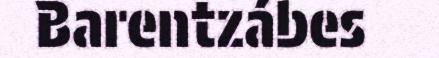
Barentzábes